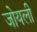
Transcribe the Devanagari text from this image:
जोयली